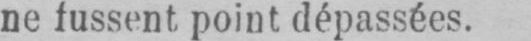
ne fussent, point dépassées.